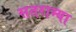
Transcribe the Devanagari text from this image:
सतराम्या